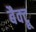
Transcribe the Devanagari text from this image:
बैक्ट्रू